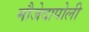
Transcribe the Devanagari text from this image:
मौजेदापोली